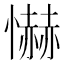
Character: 懗